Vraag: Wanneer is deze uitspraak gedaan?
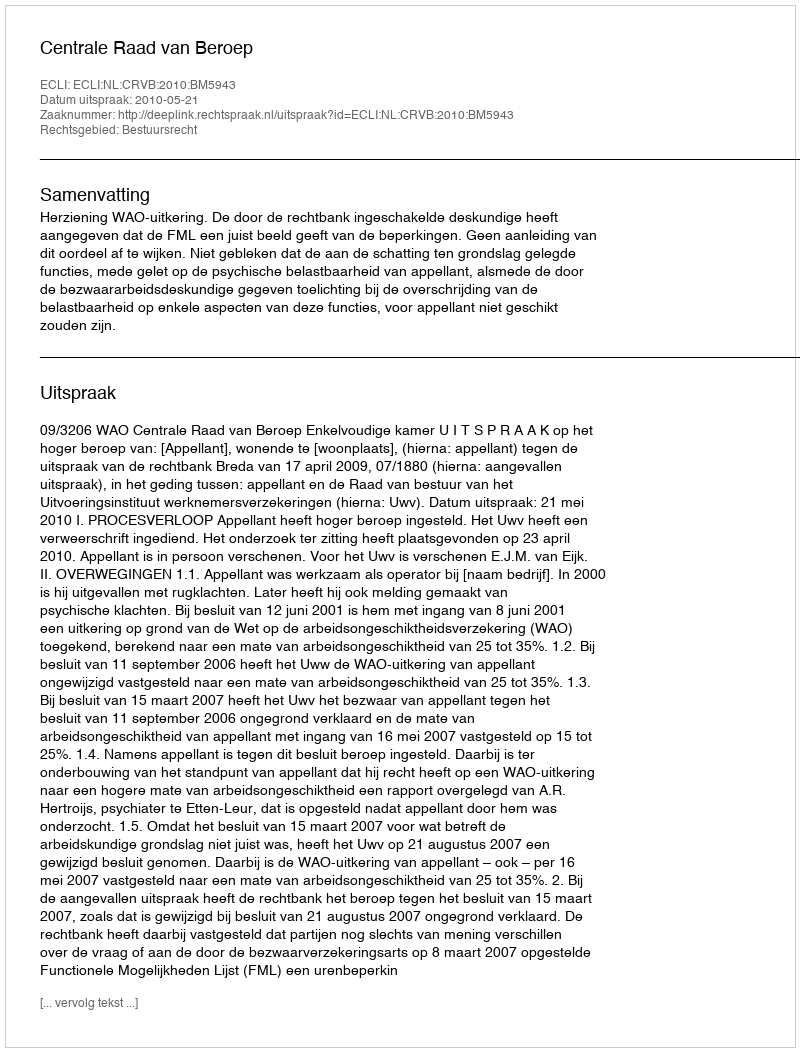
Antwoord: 2010-05-21